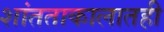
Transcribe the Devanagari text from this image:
शांतताकालातही